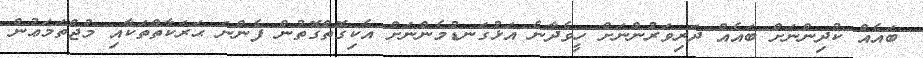
ބައެއް ކުދިންނަށް ބައެއް ދަރިވަރުންނަށް ހީވެދާނެ އަޅުގަނޑުމެންނަށް އެކިގޮތްގޮތުން ފެންނަ ޙަރަކާތްތަކާއި މުޖްތަމަޢުން